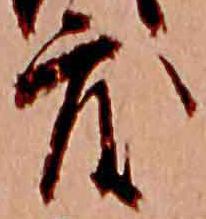
度